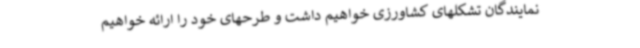
نمایندگان تشکلهای کشاورزی خواهیم داشت و طرحهای خود را ارائه خواهیم